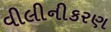
વીલીનીકરણ